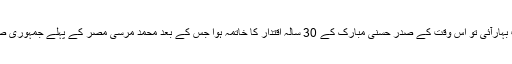
2011 میں عرب بہارآئی تو اس وقت کے صدر حسنی مبارک کے 30 سالہ اقتدار کا خاتمہ ہوا جس کے بعد محمد مرسی مصر کے پہلے جمہوری صدر منتخب ہوئے۔